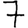
Digit: 7